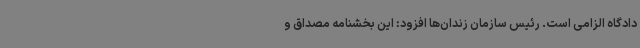
دادگاه الزامی است. رئیس سازمان زندان‌ها افزود: این بخشنامه مصداق و